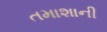
તમાશાની